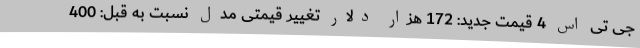
جی تی اس 4 قیمت جدید: 172 هزار دلار تغییر قیمتی مدل نسبت به قبل: 400